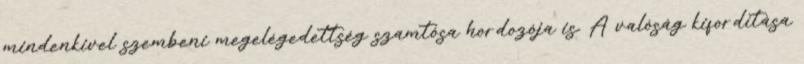
mindenkivel szembeni megelégedettség szamtósa hordozója is. A valóság kifordítása